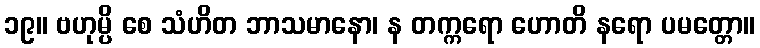
၁၉။ ဗဟုမ္ပိ စေ သံဟိတ ဘာသမာနော၊ န တက္ကရော ဟောတိ နရော ပမတ္တော။